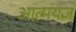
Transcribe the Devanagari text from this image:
आत्मयज्ञ